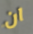
ان